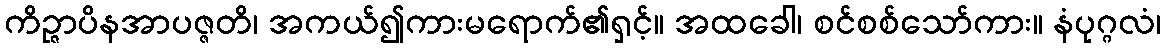
ကိဉ္ဇာပိနအာပဇ္ဇတိ၊ အကယ်၍ကားမရောက်၏ရှင့်။ အထခေါ၊ စင်စစ်သော်ကား။ နံပုဂ္ဂလံ၊